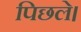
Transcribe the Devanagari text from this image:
पिछले।